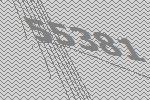
55381